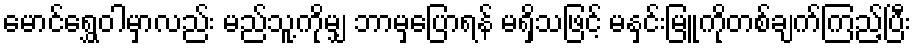
မောင်ရွှေဝါမှာလည်း မည်သူ့ကိုမျှ ဘာမှပြောရန် မရှိသဖြင့် မနှင်းမြူကိုတစ်ချက်ကြည့်ပြီး